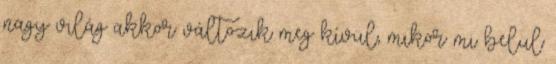
nagy világ akkor változik meg kívül, mikor mi belül